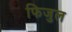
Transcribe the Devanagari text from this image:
फिजुल